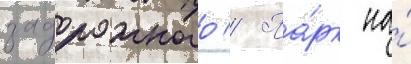
задорожного // Па́рк на́